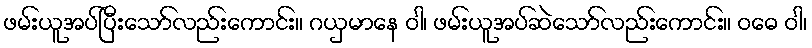
ဖမ်းယူအပ်ပြီးသော်လည်းကောင်း။ ဂယှမာနေ ဝါ၊ ဖမ်းယူအပ်ဆဲသော်လည်းကောင်း။ ဝဓေ ဝါ၊